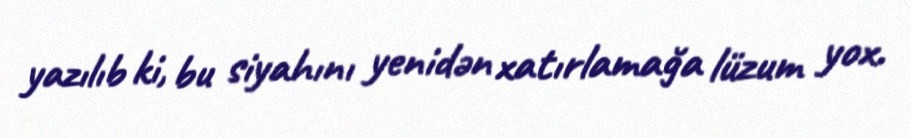
yazılıb ki, bu siyahını yenidən xatırlamağa lüzum yox.